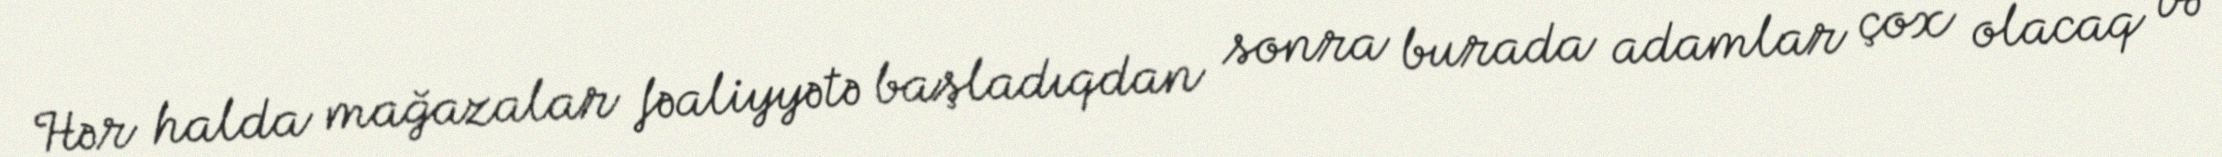
Hər halda mağazalar fəaliyyətə başladıqdan sonra burada adamlar çox olacaq və